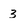
Character: 3